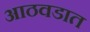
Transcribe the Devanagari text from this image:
आठवडात